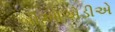
બીઓએડીએ